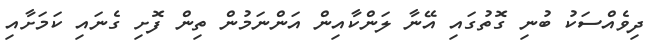
ދިވެއްސަކު ބުނި ގޮތުގައި އޭނާ ލަންކާއިން އަންނަމުން ތިން ފޮށި ގެނައި ކަމަށާއި